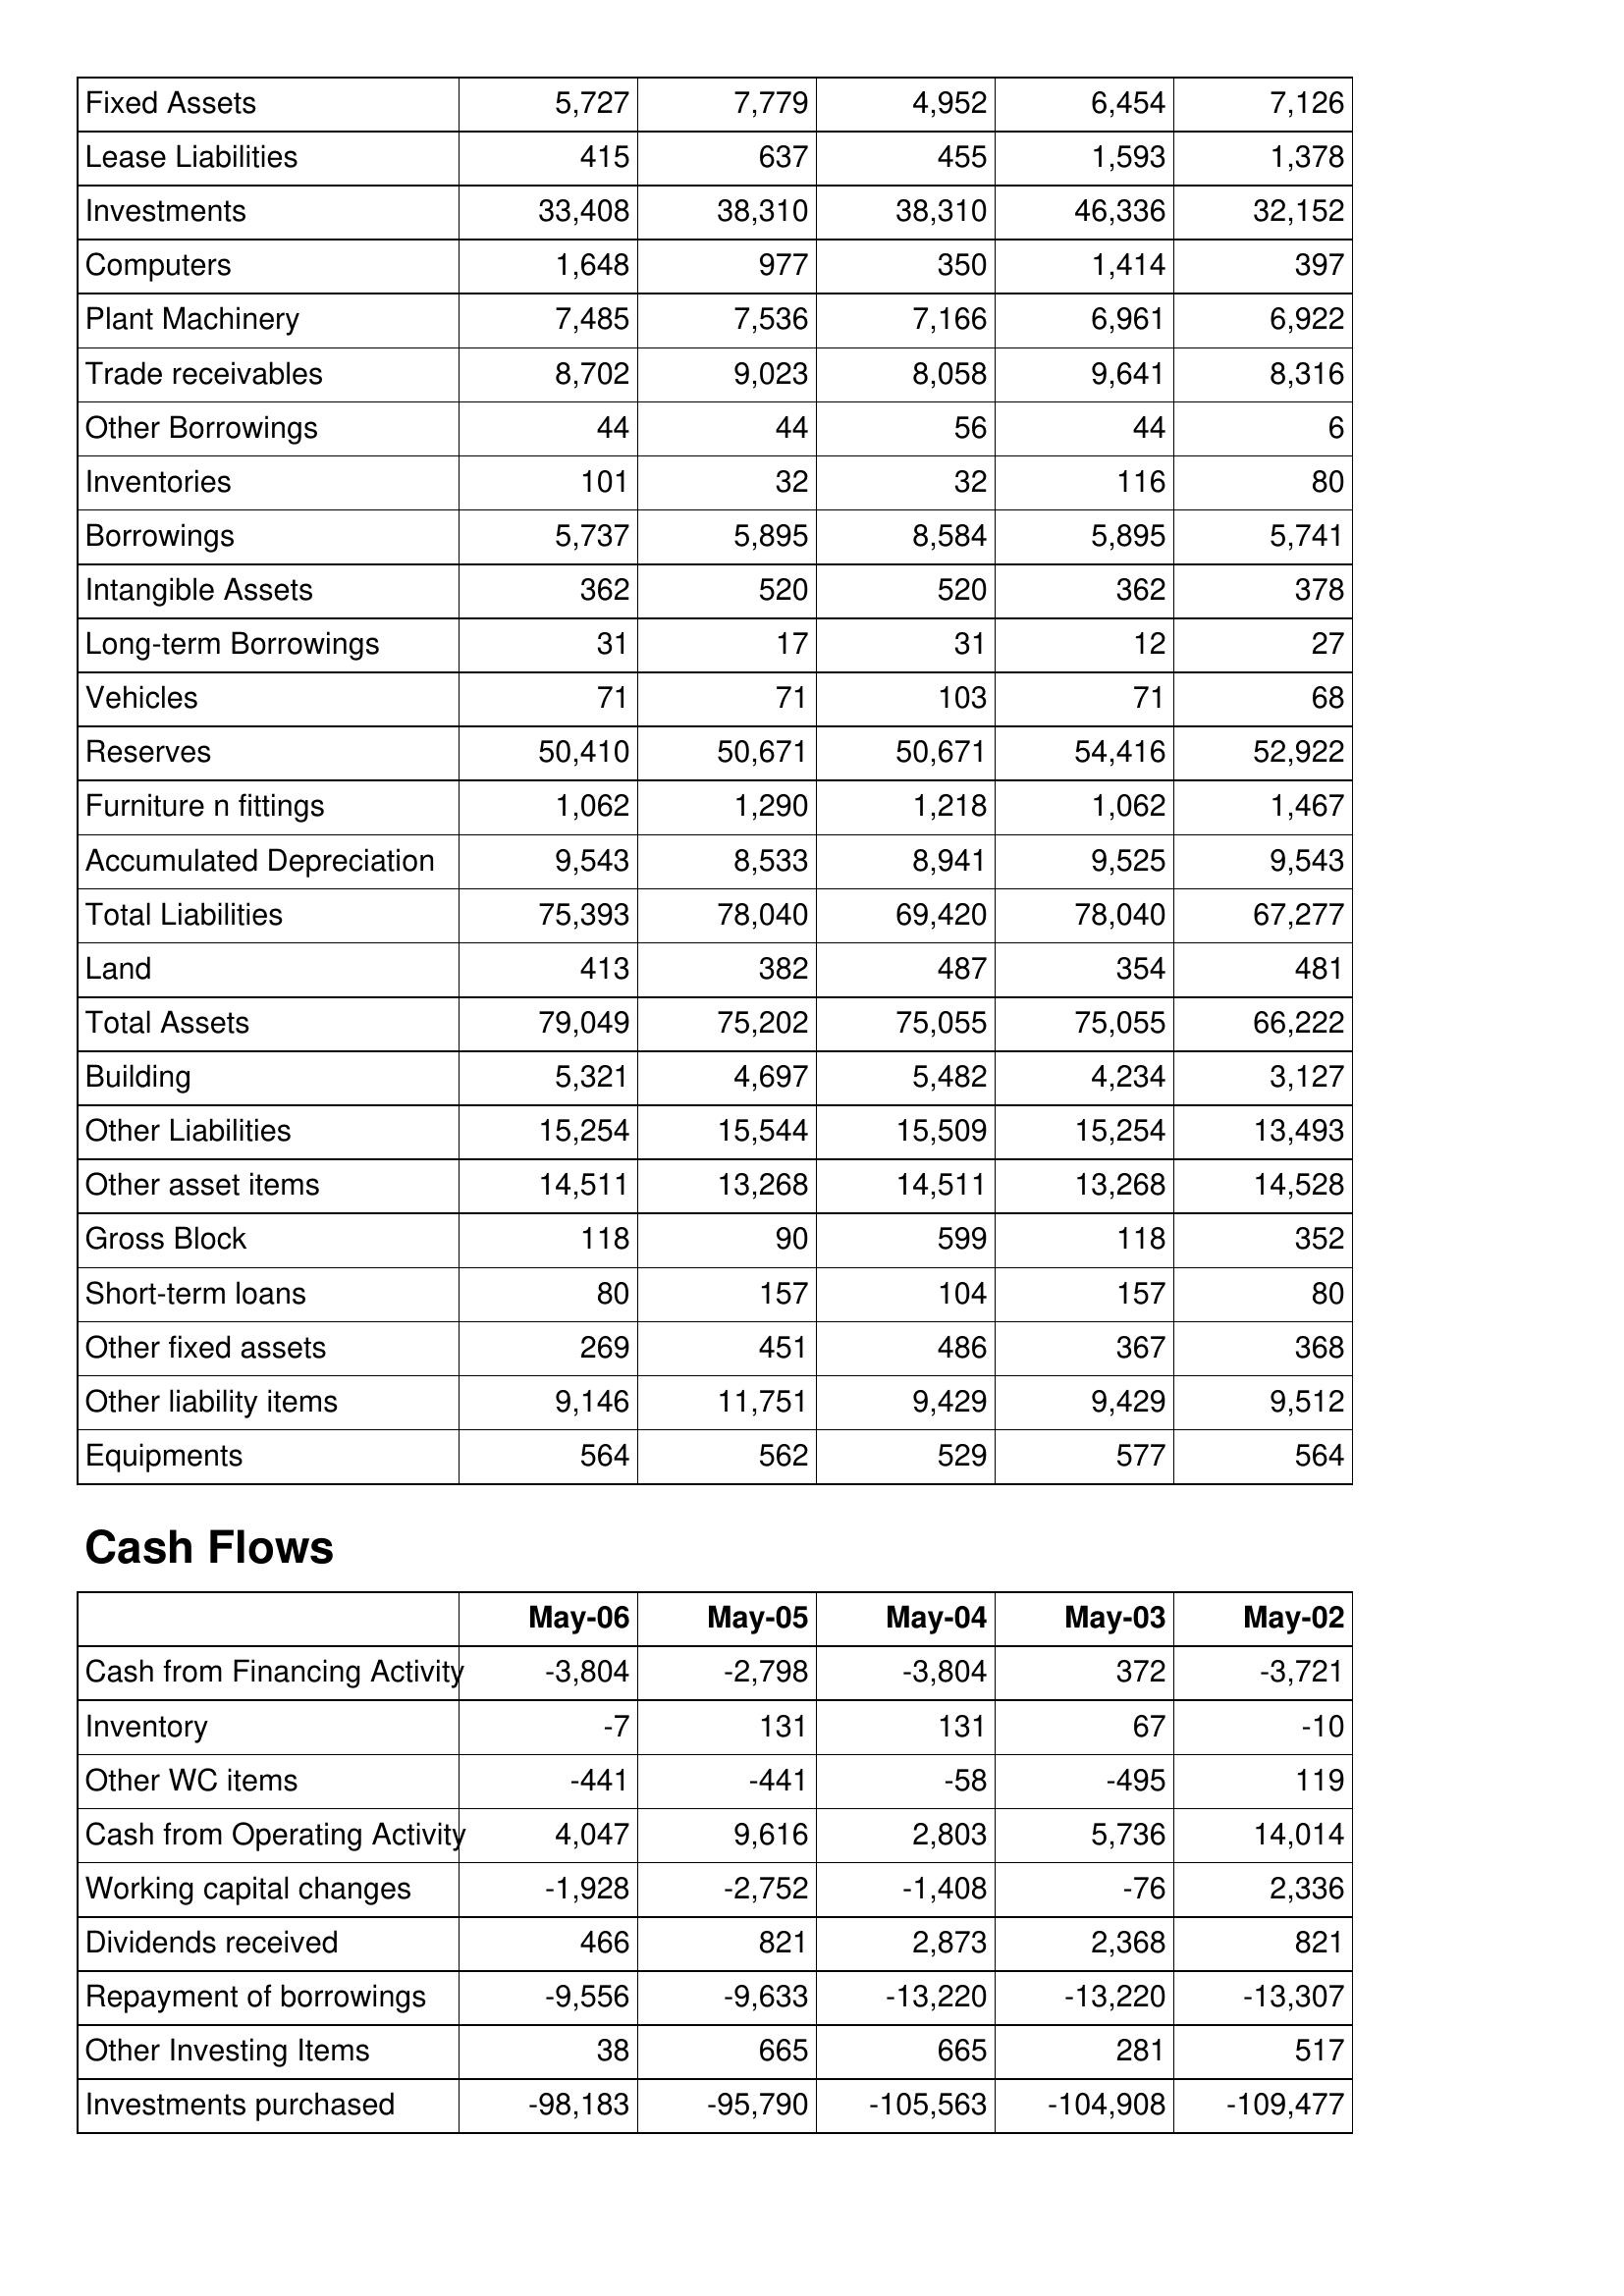
May-06: Balance Sheet: Fixed Assets: 5,727
Lease Liabilities: 415
Investments: 33,408
Computers: 1,648
Plant Machinery: 7,485
Trade receivables: 8,702
Other Borrowings: 44
Inventories: 101
Borrowings: 5,737
Intangible Assets: 362
Long-term Borrowings: 31
Vehicles: 71
Reserves: 50,410
Furniture n fittings: 1,062
Accumulated Depreciation: 9,543
Total Liabilities: 75,393
Land: 413
Total Assets: 79,049
Building: 5,321
Other Liabilities: 15,254
Other asset items: 14,511
Gross Block: 118
Short-term loans: 80
Other fixed assets: 269
Other liability items: 9,146
Equipments: 564
Cash Flows: Cash from Financing Activity: -3,804
Inventory: -7
Other WC items: -441
Cash from Operating Activity: 4,047
Working capital changes: -1,928
Dividends received: 466
Repayment of borrowings: -9,556
Other Investing Items: 38
Investments purchased: -98,183
May-05: Balance Sheet: Fixed Assets: 7,779
Lease Liabilities: 637
Investments: 38,310
Computers: 977
Plant Machinery: 7,536
Trade receivables: 9,023
Other Borrowings: 44
Inventories: 32
Borrowings: 5,895
Intangible Assets: 520
Long-term Borrowings: 17
Vehicles: 71
Reserves: 50,671
Furniture n fittings: 1,290
Accumulated Depreciation: 8,533
Total Liabilities: 78,040
Land: 382
Total Assets: 75,202
Building: 4,697
Other Liabilities: 15,544
Other asset items: 13,268
Gross Block: 90
Short-term loans: 157
Other fixed assets: 451
Other liability items: 11,751
Equipments: 562
Cash Flows: Cash from Financing Activity: -2,798
Inventory: 131
Other WC items: -441
Cash from Operating Activity: 9,616
Working capital changes: -2,752
Dividends received: 821
Repayment of borrowings: -9,633
Other Investing Items: 665
Investments purchased: -95,790
May-04: Balance Sheet: Fixed Assets: 4,952
Lease Liabilities: 455
Investments: 38,310
Computers: 350
Plant Machinery: 7,166
Trade receivables: 8,058
Other Borrowings: 56
Inventories: 32
Borrowings: 8,584
Intangible Assets: 520
Long-term Borrowings: 31
Vehicles: 103
Reserves: 50,671
Furniture n fittings: 1,218
Accumulated Depreciation: 8,941
Total Liabilities: 69,420
Land: 487
Total Assets: 75,055
Building: 5,482
Other Liabilities: 15,509
Other asset items: 14,511
Gross Block: 599
Short-term loans: 104
Other fixed assets: 486
Other liability items: 9,429
Equipments: 529
Cash Flows: Cash from Financing Activity: -3,804
Inventory: 131
Other WC items: -58
Cash from Operating Activity: 2,803
Working capital changes: -1,408
Dividends received: 2,873
Repayment of borrowings: -13,220
Other Investing Items: 665
Investments purchased: -105,563
May-03: Balance Sheet: Fixed Assets: 6,454
Lease Liabilities: 1,593
Investments: 46,336
Computers: 1,414
Plant Machinery: 6,961
Trade receivables: 9,641
Other Borrowings: 44
Inventories: 116
Borrowings: 5,895
Intangible Assets: 362
Long-term Borrowings: 12
Vehicles: 71
Reserves: 54,416
Furniture n fittings: 1,062
Accumulated Depreciation: 9,525
Total Liabilities: 78,040
Land: 354
Total Assets: 75,055
Building: 4,234
Other Liabilities: 15,254
Other asset items: 13,268
Gross Block: 118
Short-term loans: 157
Other fixed assets: 367
Other liability items: 9,429
Equipments: 577
Cash Flows: Cash from Financing Activity: 372
Inventory: 67
Other WC items: -495
Cash from Operating Activity: 5,736
Working capital changes: -76
Dividends received: 2,368
Repayment of borrowings: -13,220
Other Investing Items: 281
Investments purchased: -104,908
May-02: Balance Sheet: Fixed Assets: 7,126
Lease Liabilities: 1,378
Investments: 32,152
Computers: 397
Plant Machinery: 6,922
Trade receivables: 8,316
Other Borrowings: 6
Inventories: 80
Borrowings: 5,741
Intangible Assets: 378
Long-term Borrowings: 27
Vehicles: 68
Reserves: 52,922
Furniture n fittings: 1,467
Accumulated Depreciation: 9,543
Total Liabilities: 67,277
Land: 481
Total Assets: 66,222
Building: 3,127
Other Liabilities: 13,493
Other asset items: 14,528
Gross Block: 352
Short-term loans: 80
Other fixed assets: 368
Other liability items: 9,512
Equipments: 564
Cash Flows: Cash from Financing Activity: -3,721
Inventory: -10
Other WC items: 119
Cash from Operating Activity: 14,014
Working capital changes: 2,336
Dividends received: 821
Repayment of borrowings: -13,307
Other Investing Items: 517
Investments purchased: -109,477